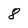
Character: 8